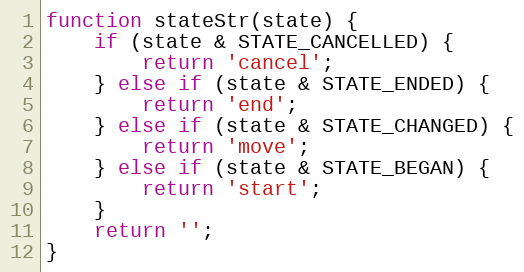
Language: JavaScript
function stateStr(state) {
    if (state & STATE_CANCELLED) {
        return 'cancel';
    } else if (state & STATE_ENDED) {
        return 'end';
    } else if (state & STATE_CHANGED) {
        return 'move';
    } else if (state & STATE_BEGAN) {
        return 'start';
    }
    return '';
}